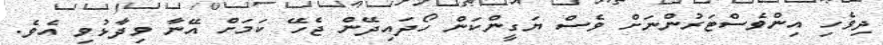
ދިވެހި އިންވެސްޓަރުންނަށް ވެސް ޔަގީންކަން ހޯދައިދޭން ޖެހޭ ކަމަށް އޭނާ ވިދާޅުވި އެވެ.